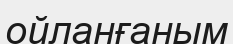
ойланғаным